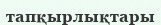
тапқырлықтары